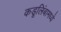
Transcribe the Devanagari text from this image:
कडूलिंबामध्ये